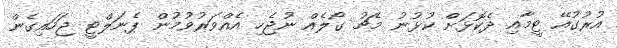
އުރުގުއޭ ޓީމާއި ދެކޮޅަށް ކުޅުނު މެޗު ގޯލެއް ނުޖެހި އެއްވަރުވުމުން ޕެނަލްޓީ ޖަހައިގެން